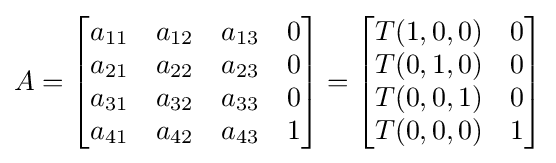
A={\begin{bmatrix}a_{11}&a_{12}&a_{13}&0\\a_{21}&a_{22}&a_{23}&0\\a_{31}&a_{32}&a_{33}&0\\a_{41}&a_{42}&a_{43}&1\end{bmatrix}}={\begin{bmatrix}T(1,0,0)&0\\T(0,1,0)&0\\T(0,0,1)&0\\T(0,0,0)&1\end{bmatrix}}